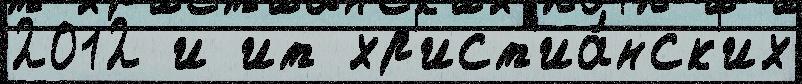
2012 и ит хр'ист'иа́нск'их